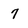
Character: 7